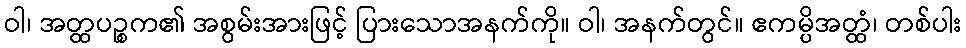
ဝါ၊ အတ္ထပဉ္စက၏ အစွမ်းအားဖြင့် ပြားသောအနက်ကို။ ဝါ၊ အနက်တွင်။ ဧကမ္ပိအတ္ထံ၊ တစ်ပါး